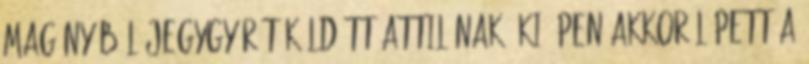
magányából jegygyűrűt küldött Attilának, ki épen akkor lépett a